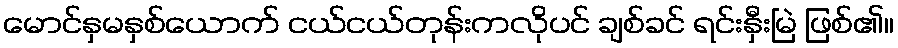
မောင်နှမနှစ်ယောက် ငယ်ငယ်တုန်းကလိုပင် ချစ်ခင် ရင်းနှီးမြဲ ဖြစ်၏။